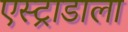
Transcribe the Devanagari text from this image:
एस्ट्राडाला